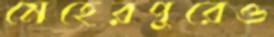
মেহেরপুরেও